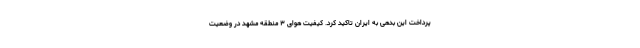
پرداخت این بدهی به ایران تاکید کرد. کیفیت هوای ۳ منطقه مشهد در وضعیت